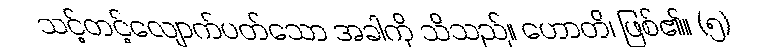
သင့်တင့်လျောက်ပတ်သော အခါကို သိသည်။ ဟောတိ၊ ဖြစ်၏။ (၅)